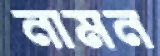
নামন